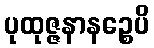
ပုထုဇ္ဇနာနဉ္စေပိ